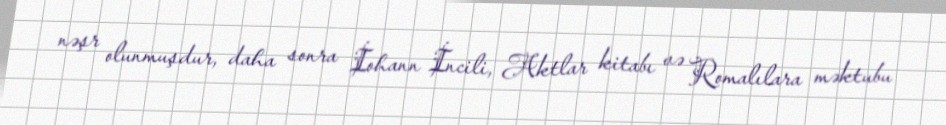
nəşr olunmuşdur, daha sonra İohann İncili, Aktlar kitabı və Romalılara məktubu